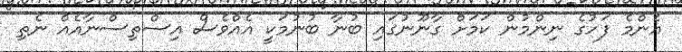
އެންމެ ފަހުގެ ނިންމުން ކަމަށް ގާނޫނުގައި ބުނާ ބުނުމަކީ އެއްވެސް އިސްތިސްނާއެއް ނެތި